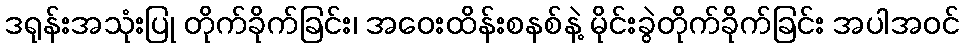
ဒရုန်းအသုံးပြု တိုက်ခိုက်ခြင်း၊ အဝေးထိန်းစနစ်နဲ့ မိုင်းခွဲတိုက်ခိုက်ခြင်း အပါအဝင်